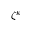
\zeta ^ { k }